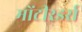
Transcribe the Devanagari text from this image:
मोंटीरडर्स